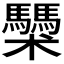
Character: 𩧌